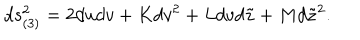
d s _ { ( 3 ) } ^ { 2 } = 2 d u d v + K d v ^ { 2 } + L d v d \tilde { z } + M d \tilde { z } ^ { 2 } .